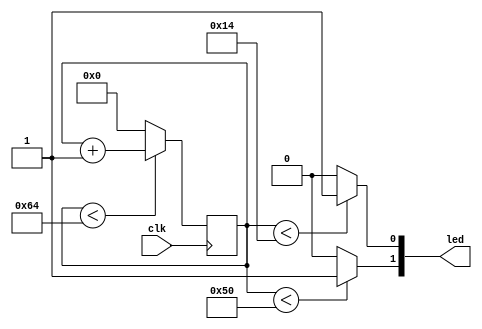
`timescale 1ns / 1 ps

module ledPWM (
	input clk,
	output[1:0] led
	);
	
reg [7:0] counter = 0;

always@(posedge clk) begin
	if (counter < 100) counter <= counter + 1;
	else counter <= 0;
end

assign led[0] = (counter < 20) ? 1:0; //assigns led to 1 if the counter is below 20

assign led[1] = (counter < 80) ? 1:0; //assigns led to 1 if the counter is below 80

endmodule